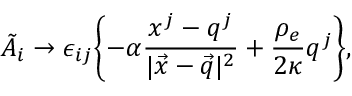
\tilde { A } _ { i } \rightarrow \epsilon _ { i j } \biggl \{ - \alpha \frac { x ^ { j } - q ^ { j } } { | \vec { x } - \vec { q } | ^ { 2 } } + \frac { \rho _ { e } } { 2 \kappa } q ^ { j } \biggr \} ,